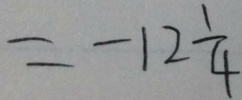
= - 1 2 \frac { 1 } { 4 }